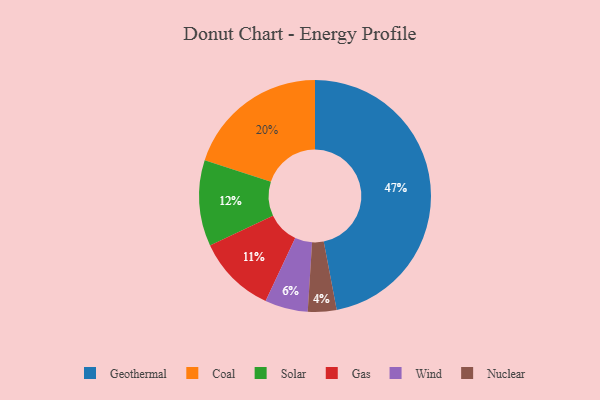
{"axis": {"x": "Category", "y": "Percentage"}, "legend": ["Coal", "Gas", "Geothermal", "Nuclear", "Solar", "Wind"], "data": [{"x": "Coal", "y": 20, "type": "Coal"}, {"x": "Geothermal", "y": 47, "type": "Geothermal"}, {"x": "Wind", "y": 6, "type": "Wind"}, {"x": "Nuclear", "y": 4, "type": "Nuclear"}, {"x": "Gas", "y": 11, "type": "Gas"}, {"x": "Solar", "y": 12, "type": "Solar"}]}